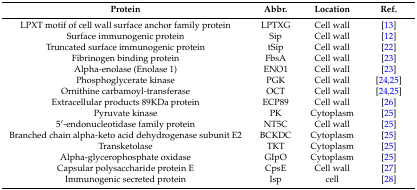
<table><thead><tr><td><b>Protein</b></td><td><b>Abbr.</b></td><td><b>Location</b></td><td><b>Ref.</b></td></tr></thead><tbody><tr><td>LPXT motif of cell wall surface anchor family protein</td><td>LPTXG</td><td>Cell wall</td><td>[13]</td></tr><tr><td>Surface immunogenic protein</td><td>Sip</td><td>Cell wall</td><td>[12]</td></tr><tr><td>Truncated surface immunogenic protein</td><td>tSip</td><td>Cell wall</td><td>[22]</td></tr><tr><td>Fibrinogen binding protein</td><td>FbsA</td><td>Cell wall</td><td>[23]</td></tr><tr><td>Alpha-enolase (Enolase 1)</td><td>ENO1</td><td>Cell wall</td><td>[23]</td></tr><tr><td>Phosphoglycerate kinase </td><td>PGK</td><td>Cell wall</td><td>[24,25]</td></tr><tr><td>Ornithine carbamoyl-transferase</td><td>OCT</td><td>Cell wall</td><td>[24,25]</td></tr><tr><td>Extracellular products 89KDa protein</td><td>ECP89</td><td>Cell wall</td><td>[26]</td></tr><tr><td>Pyruvate kinase</td><td>PK</td><td>Cytoplasm</td><td>[25]</td></tr><tr><td>5′-endonucleotidase family protein</td><td>NT5C</td><td>Cell wall</td><td>[25]</td></tr><tr><td>Branched chain alpha-keto acid dehydrogenase subunit E2</td><td>BCKDC</td><td>Cytoplasm</td><td>[25]</td></tr><tr><td>Transketolase</td><td>TKT</td><td>Cytoplasm</td><td>[25]</td></tr><tr><td>Alpha-glycerophosphate oxidase</td><td>GIpO</td><td>Cytoplasm</td><td>[25]</td></tr><tr><td>Capsular polysaccharide protein E</td><td>CpsE</td><td>Cell wall</td><td>[27]</td></tr><tr><td>Immunogenic secreted protein</td><td>Isp</td><td>cell</td><td>[28]</td></tr></tbody></table>